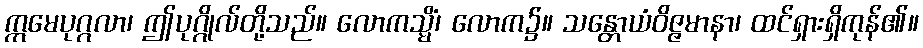
ဣမေပုဂ္ဂလာ၊ ဤပုဂ္ဂိုလ်တို့သည်။ လောကသ္မိံ၊ လောက၌။ သန္တောယံဝိဇ္ဇမာနာ၊ ထင်ရှားရှိကုန်၏။